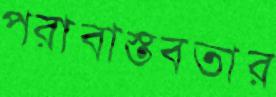
পরাবাস্তবতার